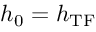
\boldsymbol { h } _ { \mathrm { 0 } } = \boldsymbol { h } _ { \mathrm { T F } }